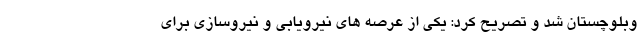
وبلوچستان شد و تصریح کرد: یکی از عرصه های نیرویابی و نیروسازی برای